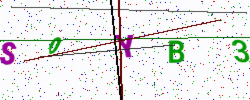
Text: S0YB3